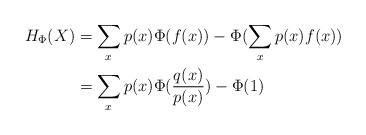
LaTeX: \begin{align*}H_{\Phi}(X)&=\sum_{x}p(x)\Phi(f(x)) -\Phi(\sum_x p(x)f(x))\\&=\sum_{x}p(x)\Phi(\frac{q(x)}{p(x)}) -\Phi(1) \end{align*}